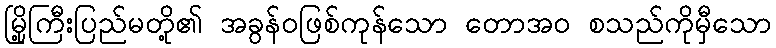
မြို့ကြီးပြည်မတို့၏ အခွန်ဝဖြစ်ကုန်သော တောအဝ စသည်ကိုမှီသော